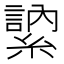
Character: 𦄠